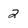
Character: 2